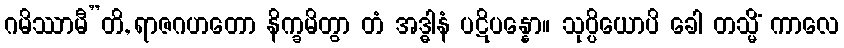
ဂမိဿာမီ”တိ, ရာဇဂဟတော နိက္ခမိတွာ တံ အဒ္ဓါနံ ပဋိပန္နော။ သုပ္ပိယောပိ ခေါ တသ္မိံ ကာလေ